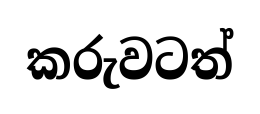
කරුවටත්